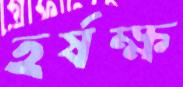
হর্ষক্ষ